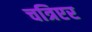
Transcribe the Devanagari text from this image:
चत्रिएर